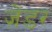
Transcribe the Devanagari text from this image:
ज़ेंडर